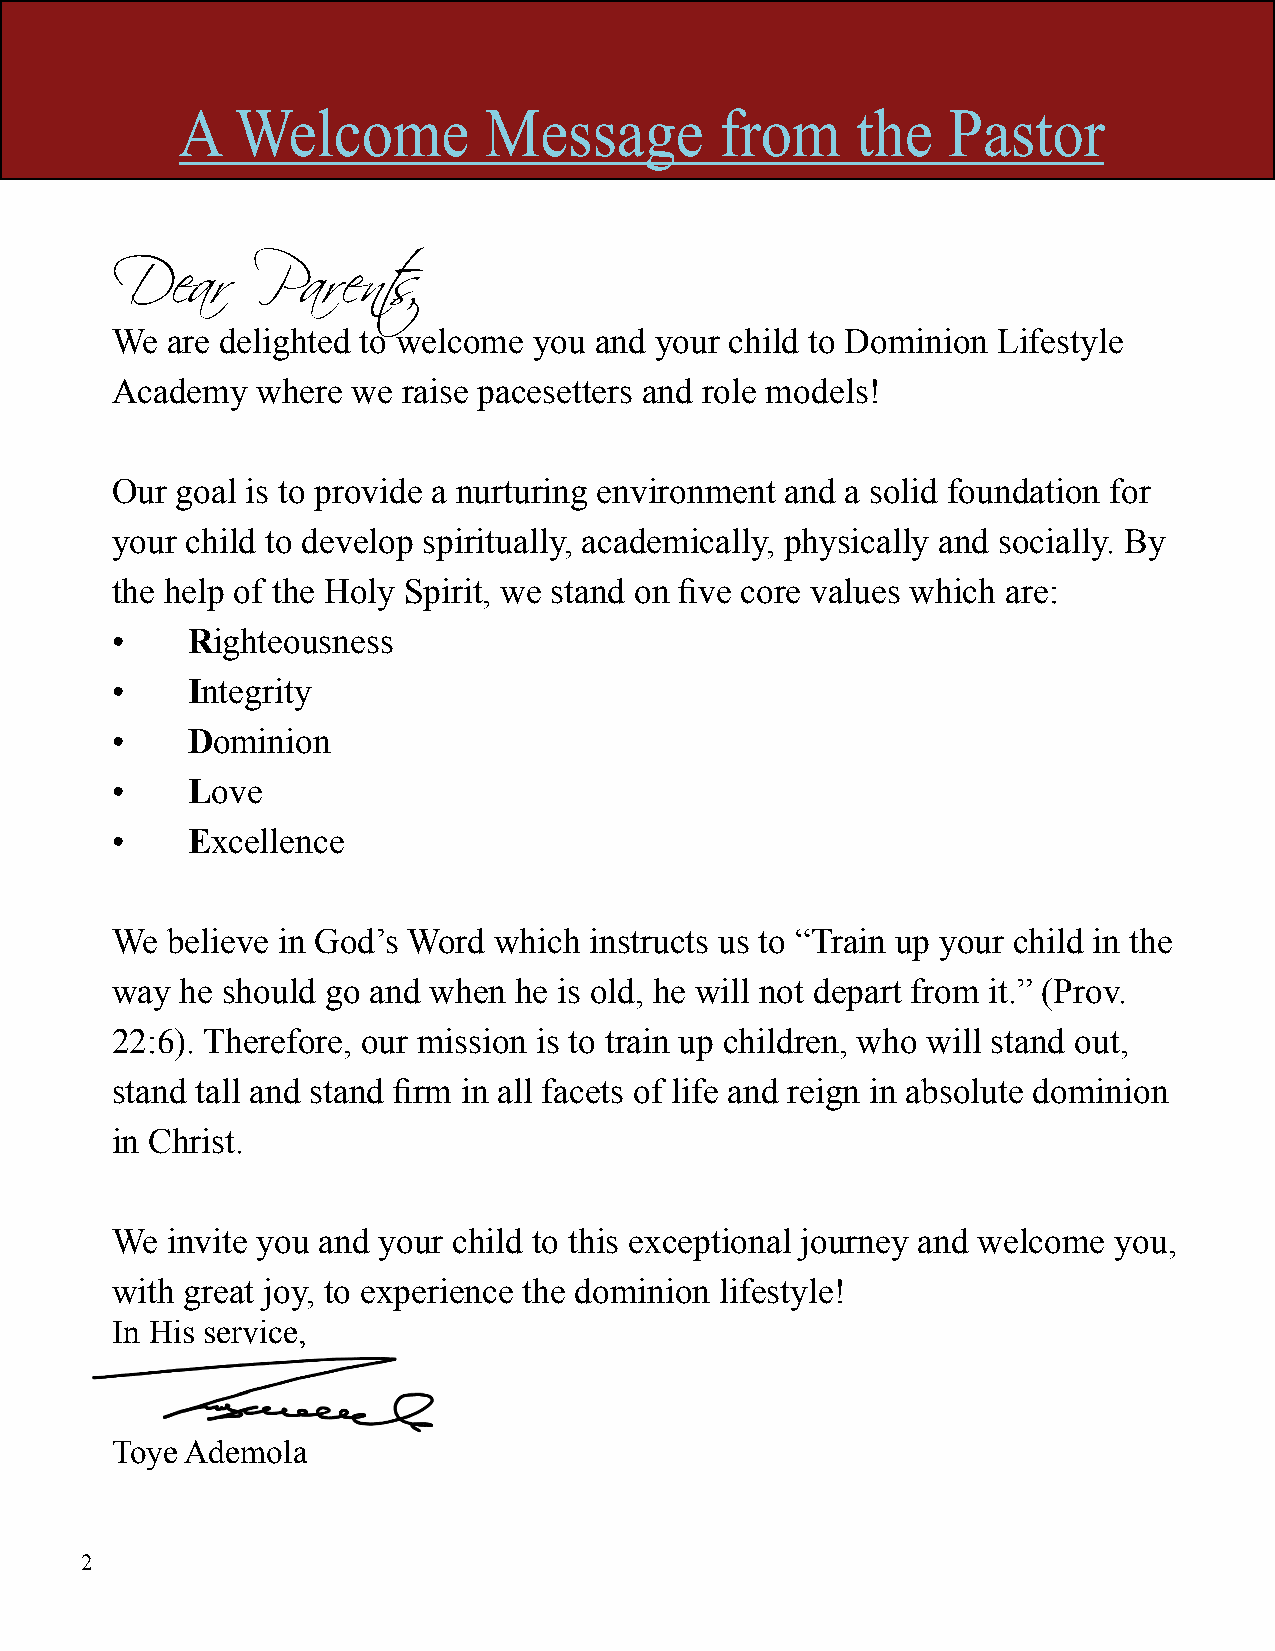
A   Welcome         Message         from     the   Pastor
 Dear      Parents,
 We  are delighted to welcome you and your child to Dominion Lifestyle
 Academy   where we  raise pacesetters and role models!
 Our  goal is to provide a nurturing environment and a solid foundation for
 your child to develop spiritually, academically, physically and socially. By
 the help of the Holy Spirit, we stand on five core values which are:
 •    Righteousness
 •    Integrity
 •    Dominion
 •    Love
 •    Excellence
 We  believe in God’s Word which instructs us to “Train up your child in the
 way  he should go and when he is old, he will not depart from it.” (Prov.
 22:6). Therefore, our mission is to train up children, who will stand out,
 stand tall and stand firm in all facets of life and reign in absolute dominion
 in Christ.
 We  invite you and your child to this exceptional journey and welcome you,
 with great joy, to experience the dominion lifestyle!
 In His service,
 Toye Ademola
 2